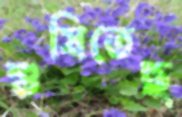
শুষিতেছ